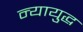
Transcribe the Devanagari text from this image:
न्यायुद्ध